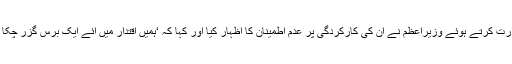
وفاقی سیکریٹریز اور چیف سیکریٹریز کے اجلاس کی صدارت کرتے ہوئے وزیراعظم نے ان کی کارکردگی پر عدم اطمینان کا اظہار کیا اور کہا کہ ‘ہمیں اقتدار میں آئے ایک برس گزر چکا ہے لیکن ہم عوام کی توقعات کے مطابق کام نہیں کرسکے۔